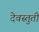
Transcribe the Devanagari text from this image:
देवस्तुती